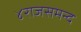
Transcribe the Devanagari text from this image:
४राजसमन्द